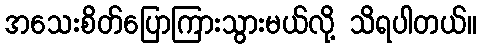
အသေးစိတ်ပြောကြားသွားမယ်လို့ သိရပါတယ်။